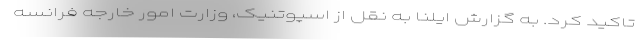
تاکید کرد. به گزارش ایلنا به نقل از اسپوتنیک، وزارت امور خارجه فرانسه